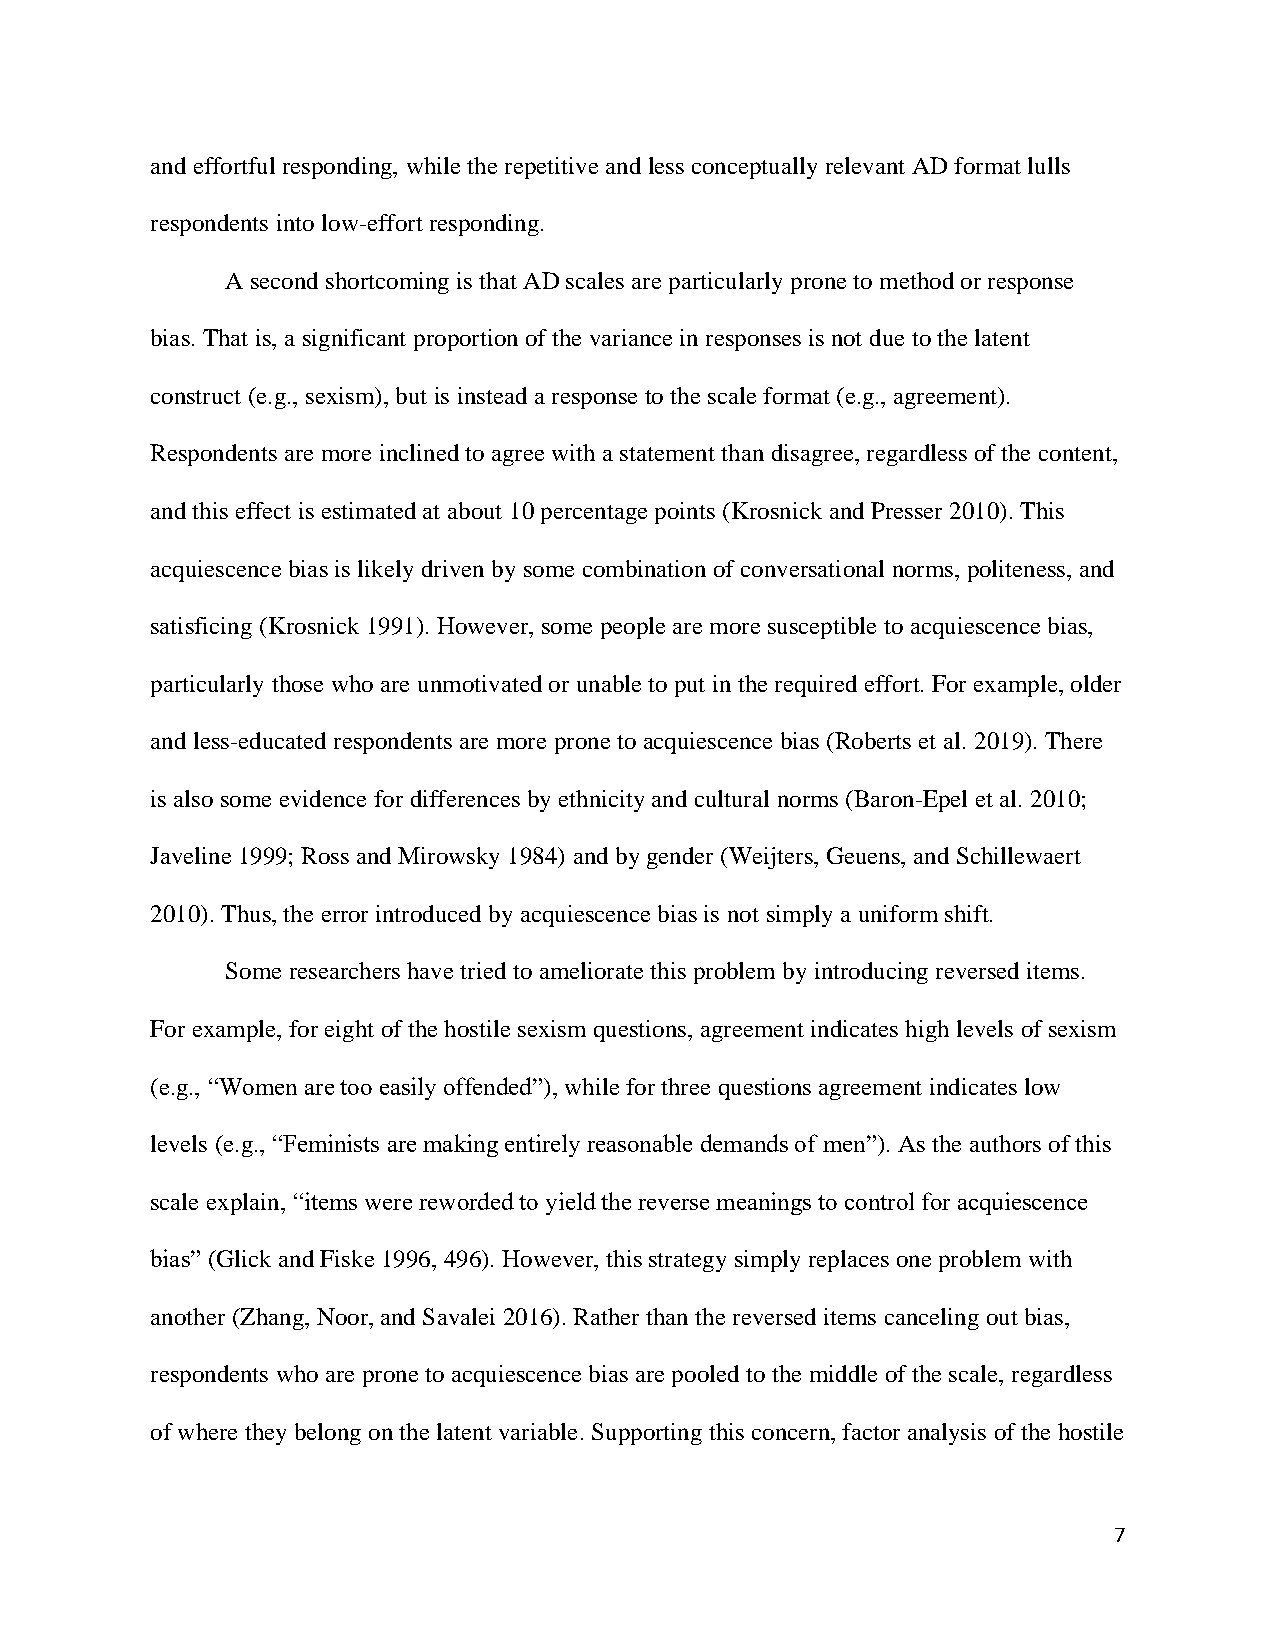
and effortful responding, while the repetitive and less conceptually relevant AD format lulls
 respondents into low-effort responding.
 A second shortcoming is that AD scales are particularly prone to method or response
 bias. That is, a significant proportion of the variance in responses is not due to the latent
 construct (e.g., sexism), but is instead a response to the scale format (e.g., agreement).
 Respondents are more inclined to agree with a statement than disagree, regardless of the content,
 and this effect is estimated at about 10 percentage points (Krosnick and Presser 2010). This
 acquiescence bias is likely driven by some combination of conversational norms, politeness, and
 satisficing (Krosnick 1991). However, some people are more susceptible to acquiescence bias,
 particularly those who are unmotivated or unable to put in the required effort. For example, older
 and less-educated respondents are more prone to acquiescence bias (Roberts et al. 2019). There
 is also some evidence for differences by ethnicity and cultural norms (Baron-Epel et al. 2010;
 Javeline 1999; Ross and Mirowsky 1984) and by gender (Weijters, Geuens, and Schillewaert
 2010). Thus, the error introduced by acquiescence bias is not simply a uniform shift.
 Some researchers have tried to ameliorate this problem by introducing reversed items.
 For example, for eight of the hostile sexism questions, agreement indicates high levels of sexism
 (e.g., “Women are too easily offended”), while for three questions agreement indicates low
 levels (e.g., “Feminists are making entirely reasonable demands of men”). As the authors of this
 scale explain, “items were reworded to yield the reverse meanings to control for acquiescence
 bias” (Glick and Fiske 1996, 496). However, this strategy simply replaces one problem with
 another (Zhang, Noor, and Savalei 2016). Rather than the reversed items canceling out bias,
 respondents who are prone to acquiescence bias are pooled to the middle of the scale, regardless
 of where they belong on the latent variable. Supporting this concern, factor analysis of the hostile
 7